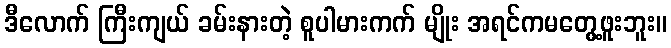
ဒီလောက် ကြီးကျယ် ခမ်းနားတဲ့ စူပါမားကက် မျိုး အရင်ကမတွေ့ဖူးဘူး။